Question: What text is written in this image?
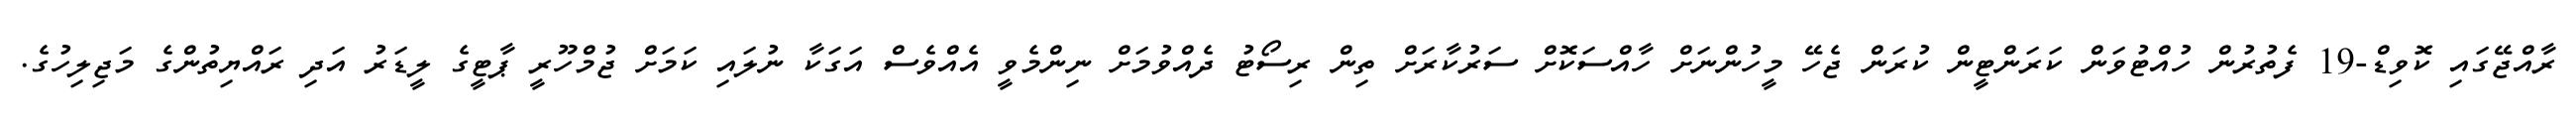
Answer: ރާއްޖޭގައި ކޮވިޑް-19 ފެތުރުން ހުއްޓުވަން ކަރަންޓީން ކުރަން ޖެހޭ މީހުންނަށް ހާއްސަކޮށް ސަރުކާރަށް ތިން ރިސޯޓު ދެއްވުމަށް ނިންމެވީ އެއްވެސް އަގަކާ ނުލައި ކަމަށް ޖުމްހޫރީ ޕާޓީގެ ލީޑަރު އަދި ރައްޔިތުންގެ މަޖިލިހުގެ.